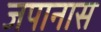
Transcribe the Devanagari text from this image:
जपानास